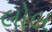
લોલ